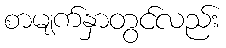
စာမျက်နှာတွင်လည်း